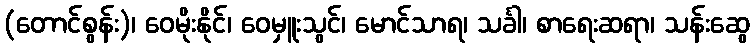
(တောင်စွန်း)၊ ဝေမိုးနိုင်၊ ဝေမှူးသွင်၊ မောင်သာရ၊ သင်္ခါ၊ စာရေးဆရာ၊ သန်းဆွေ